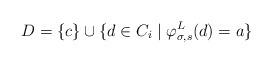
LaTeX: \begin{align*}D = \{c\} \cup \{d \in C_i \mid \varphi_{\sigma, s}^L(d) = a\}\end{align*}